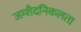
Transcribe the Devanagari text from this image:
जम्‍शैदनिकलता